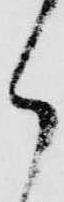
郎